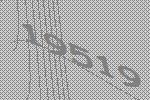
19519